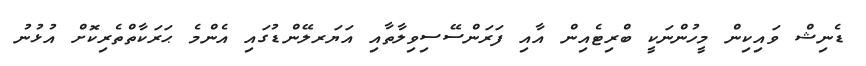
ޑެނިޝް ވައިކިން މީހުންނަކީ ބްރިޓެއިން އާއި ފަރަންސޭސިވިލާތާއި އަޔަރލޭންޑުގައި އެންމެ ޙަރަކާތްތެރިކޮށް އުޅުނު